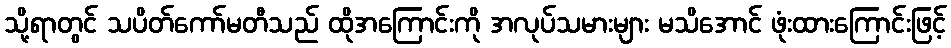
သို့ရာတွင် သပိတ်ကော်မတီသည် ထိုအကြောင်းကို အလုပ်သမားများ မသိအောင် ဖုံးထားကြောင်းဖြင့်